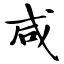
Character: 咸